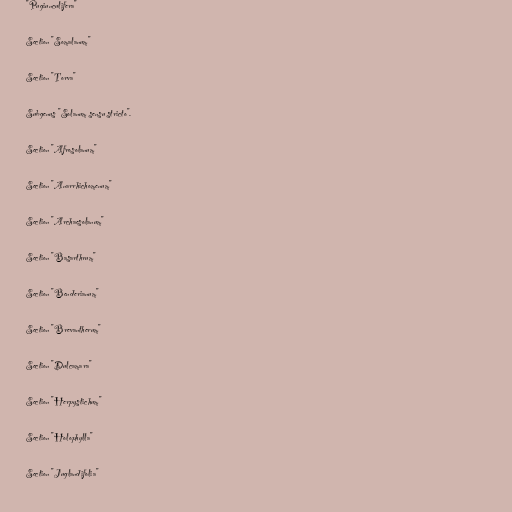
"Pugiunculifera"

Section "Somalanum"

Section "Torva"

Subgenus "Solanum sensu stricto".

Section "Afrosolanum"

Section "Anarrhichomenum"

Section "Archaesolanum"

Section "Basarthrum"

Section "Benderianum"

Section "Brevantherum"

Section "Dulcamara"

Section "Herpystichum"

Section "Holophylla"

Section "Juglandifolia"